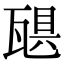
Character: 𪼻